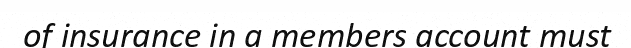
of insurance in a members account must